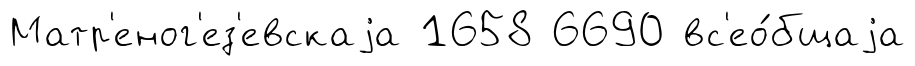
Матр'еног'ез'евскаjа 1658 6690 вс'ео́бщаjа